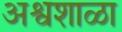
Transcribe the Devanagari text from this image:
अश्वशाळा